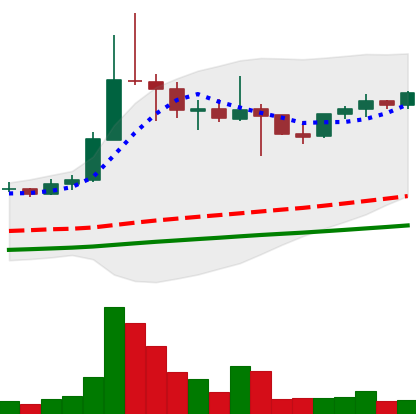
Ticker: ETC-USD
Chart end date: 2021-04-30
Forward return: 159.199%
Label: up_7plus